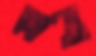
ব্রাশো